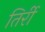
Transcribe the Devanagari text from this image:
तिर्री